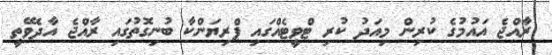
ރާއްޖެ އައުމުގެ ކުރިން މިއަދު ކުރި ޓްވީޓެއްގައި ޕްރިޔަންކާ ބުނިގޮތުގައި ރާއްޖެ އާދެވޭތީ